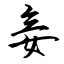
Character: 妾